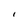
Character: I